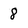
Character: 8